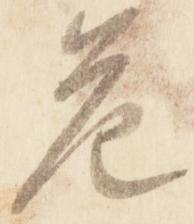
危